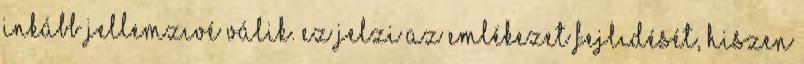
inkább jellemzıvé válik. Ez jelzi az emlékezet fejlıdését, hiszen